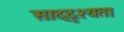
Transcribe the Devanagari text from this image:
साद्दृश्यता